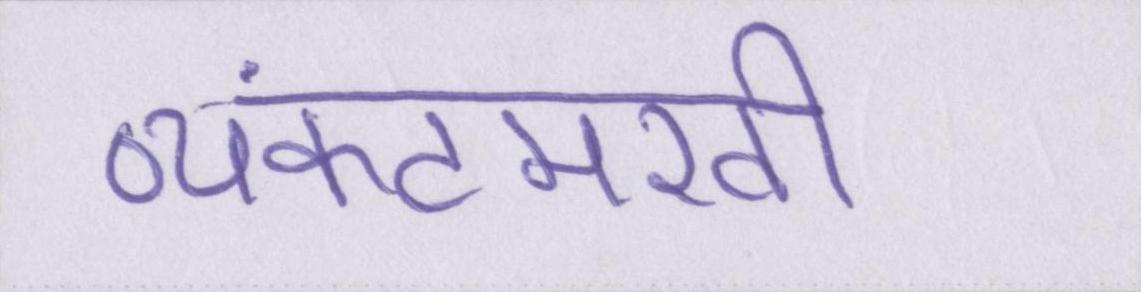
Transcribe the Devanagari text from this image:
व्यंकटमखी